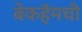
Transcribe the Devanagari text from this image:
बेकहॅमची